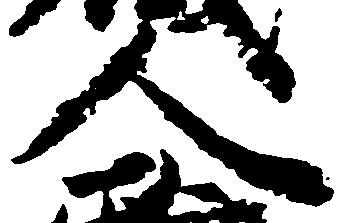
人